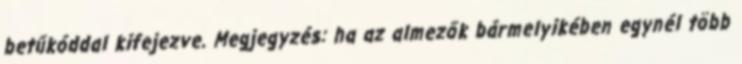
betűkóddal kifejezve. Megjegyzés: ha az almezők bármelyikében egynél több